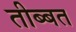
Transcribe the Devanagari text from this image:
तीब्‍बत